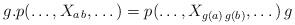
LaTeX: \begin{align*} g{\bf.}p(\dots, X_{a\,b},\dots)=p(\dots, X_{g(a)\,g(b)},\dots)\, g\end{align*}